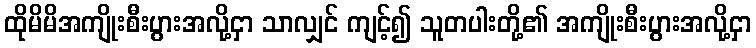
ထိုမိမိအကျိုးစီးပွားအလို့ငှာ သာလျှင် ကျင့်၍ သူတပါးတို့၏ အကျိုးစီးပွားအလို့ငှာ